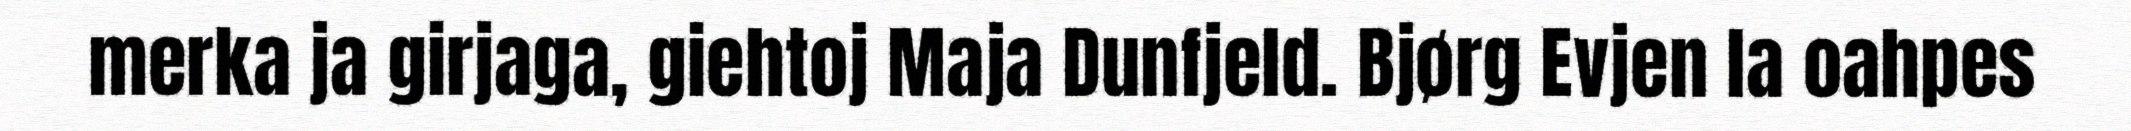
merka ja girjaga, giehtoj Maja Dunfjeld. Bjørg Evjen la oahpes